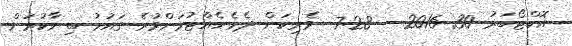
އޮކްޓޯބަރު 30